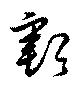
豁